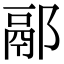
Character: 䣓